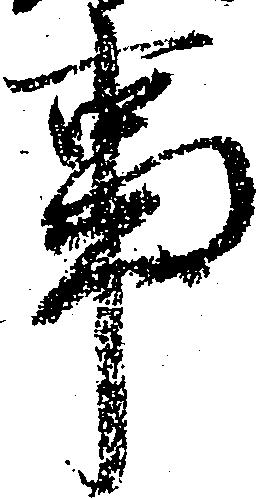
事